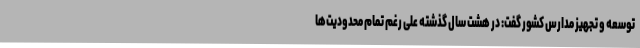
توسعه و تجهیز مدارس کشور گفت: در هشت سال گذشته علی رغم تمام محدودیت‌ها